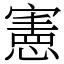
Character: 憲